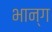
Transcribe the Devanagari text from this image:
भान्ग